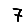
Digit: 7